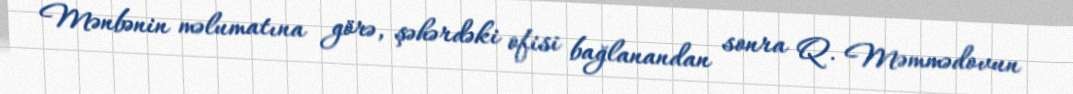
Mənbənin məlumatına görə, şəhərdəki ofisi bağlanandan sonra Q. Məmmədovun